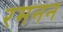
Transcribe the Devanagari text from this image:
रमनन